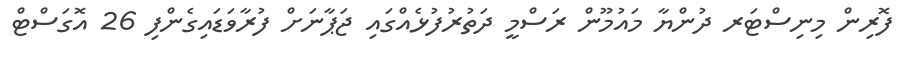
ފޮރިން މިނިސްޓަރ ދުންޔާ މައުމޫން ރަސްމީ ދަތުރުފުޅެއްގައި ޖަޕާނަށް ފުރާވަޑައިގެންފި 26 އޮގަސްޓް